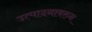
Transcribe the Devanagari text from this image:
उत्पादनावरुन